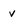
Character: v